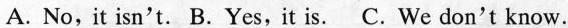
A. No, it isn't. B. Yes,it is. C. We don't know.